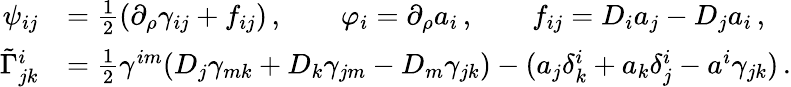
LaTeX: \begin{array}{rl}{\psi_{ij}}&{=\frac{1}{2}(\partial_{\rho}\gamma_{ij}+f_{ij})\, ,\qquad\varphi_{i}=\partial_{\rho}a_{i}\, ,\qquad f_{ij}=D_{i}a_{j}-D_{j}a_{i}\, ,}\\ {\tilde{\Gamma}^{i}_{jk}}&{=\frac{1}{2}\gamma^{im}(D_{j}\gamma_{mk}+D_{k}\gamma_{jm}-D_{m}\gamma_{jk})-(a_{j}\delta^{i}_{k}+a_{k}\delta^{i}_{j}-a^{i}\gamma_{jk})\, .}\end{array}